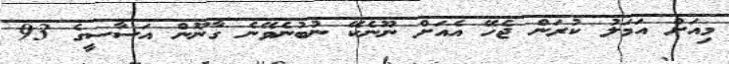
މިއަށް އަމަލު ކުރަން ޖެހޭ އެއަށް ނޫނެކޭ ނުބުނެވޭނެ ގާނޫން އަސާސީގެ 93